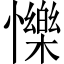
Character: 㦡